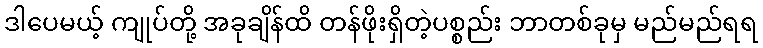
ဒါပေမယ့် ကျုပ်တို့ အခုချိန်ထိ တန်ဖိုးရှိတဲ့ပစ္စည်း ဘာတစ်ခုမှ မည်မည်ရရ